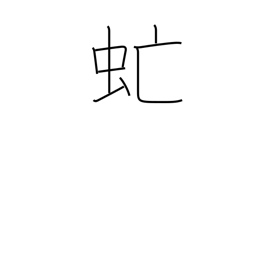
Meaning: gadfly